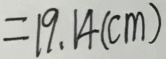
= 1 9 . 1 4 ( c m )